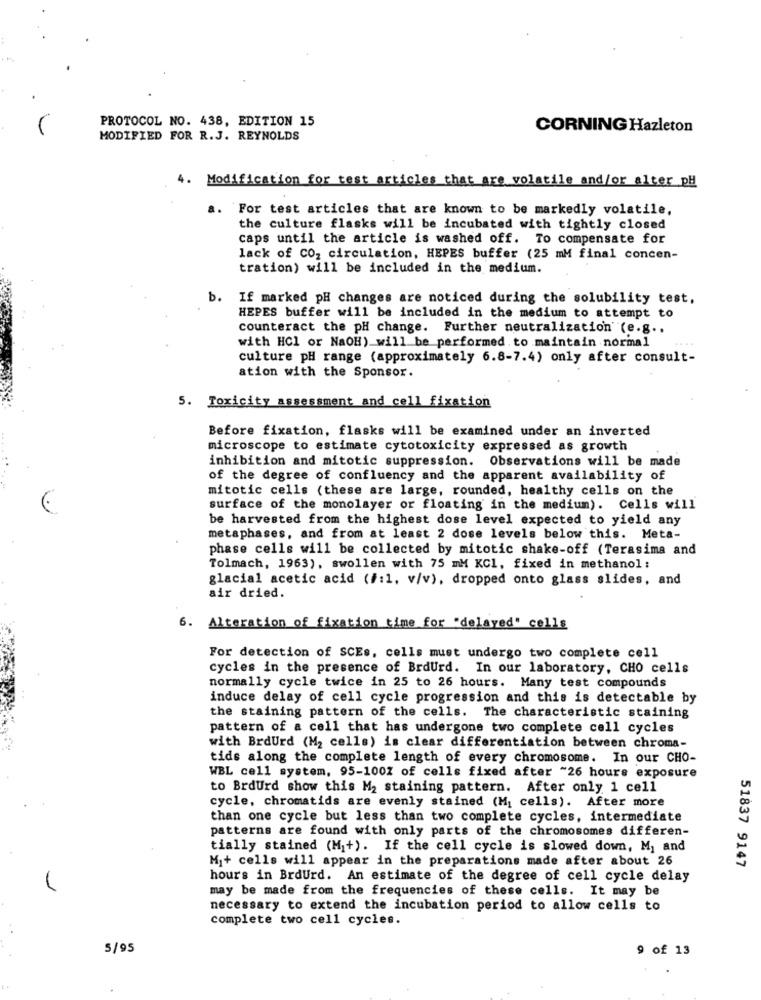
PROTOCOL NO. 438, EDITION 15
CORNING Hazleton
MODIFIED FOR R. J. REYNOLDS
4. Modification for test articles that are volatile and/or alter pH
a. For test articles that are known to be markedly volatile,
the culture flasks will be incubated with tightly closed
caps until the article is washed off. To compensate for
lack of CO2 circulation, HEPES buffer (25 mM final concen-
tration) will be included in the medium.
b.
If marked pH changes are noticed during the solubility test.
HEPES buffer will be included in the medium to attempt to
counteract the pH change. Further neutralization (e.g ..
with HCl or NaOH) will be performed. to maintain normal
culture pH range (approximately 6.8-7.4) only after consult-
ation with the Sponsor.
5. Toxicity assessment and cell fixation
Before fixation, flasks will be examined under an inverted
microscope to estimate cytotoxicity expressed as growth
inhibition and mitotic suppression. Observations will be made
of the degree of confluency and the apparent availability of
mitotic cells (these are large, rounded, healthy cells on the
surface of the monolayer or floating in the medium). Cells will
be harvested from the highest dose level expected to yield any
metaphases, and from at least 2 dose levels below this. Meta-
phase cells will be collected by mitotic shake-off (Terasima and
Tolmach, 1963), swollen with 75 mM KCl, fixed in methanol:
glacial acetic acid (#:1, v/v), dropped onto glass slides, and
air dried.
6. Alteration of fixation time for "delayed" cells
For detection of SCEs, cells must undergo two complete cell
cycles in the presence of BrdUrd. In our laboratory, CHO cells
normally cycle twice in 25 to 26 hours. Many test compounds
induce delay of cell cycle progression and this is detectable by
the staining pattern of the cells. The characteristic staining
pattern of a cell that has undergone two complete cell cycles
with BrdUrd (M2 cells) is clear differentiation between chroma-
tids along the complete length of every chromosome. In our CHO-
WBL cell system, 95-100% of cells fixed after ~26 hours exposure
to BrdUrd show this M2 staining pattern. After only 1 cell
cycle, chromatids are evenly stained (M] cells). After more
than one cycle but less than two complete cycles, intermediate
patterns are found with only parts of the chromosomes differen-
tially stained (M|+). If the cell cycle is slowed down, M1 and
M1+ cells will appear in the preparations made after about 26
51837 9147
hours in BrdUrd. An estimate of the degree of cell cycle delay
may be made from the frequencies of these cells. It may be
necessary to extend the incubation period to allow cells to
complete two cell cycles.
5/95
9 of 13